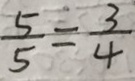
\frac { 5 } { 5 } = \frac { 3 } { 4 }